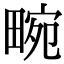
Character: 畹